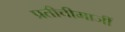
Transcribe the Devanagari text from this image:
प्रतीचीमाजीं